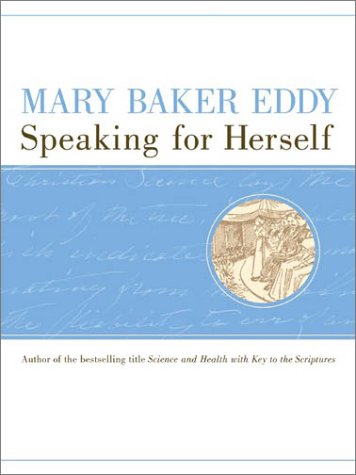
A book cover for Mary Baker Eddy, Speaking for Herself; Mary Baker Eddy; Christian Books & Bibles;